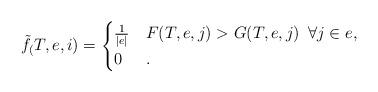
LaTeX: \begin{align*} \tilde{f}_(T, e, i) = \begin{cases} \frac{1}{|e|} & F(T, e, j) > G(T, e, j) \,\,\, \forall j \in e,\\ 0 & . \end{cases} \end{align*}